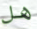
هل